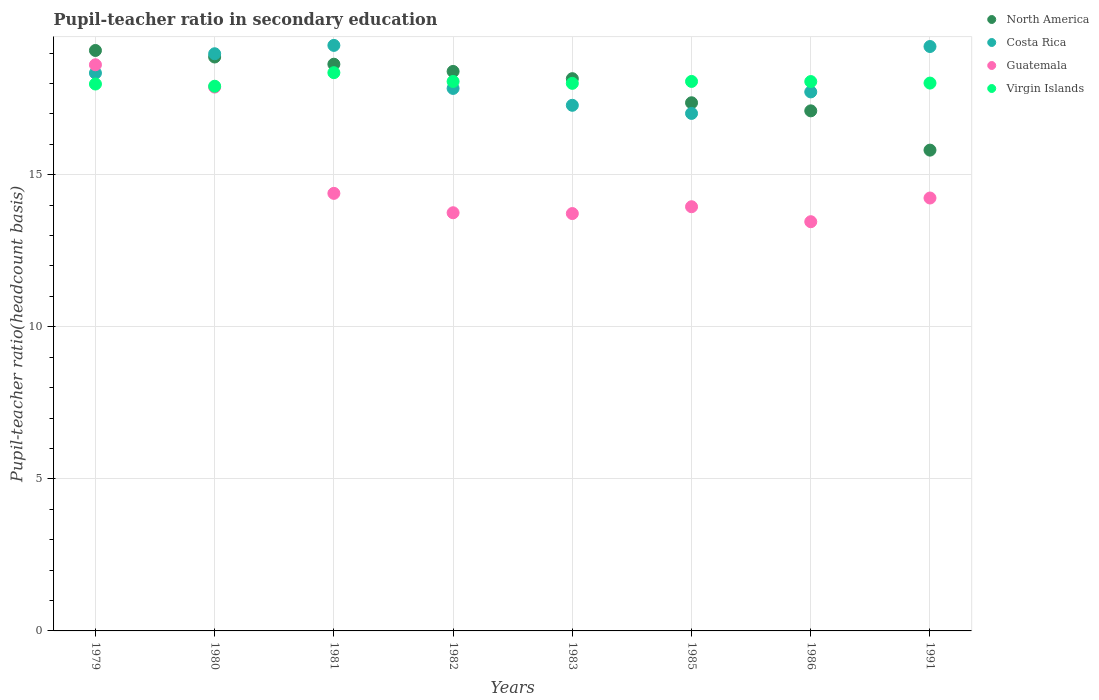
| Years | North America | Costa Rica | Guatemala | Virgin Islands |
 | --- | --- | --- | --- | --- |
 | 1979 | 19.1 | 18.3 | 18.6 | 18 |
 | 1980 | 18.9 | 19 | 17.9 | 17.9 |
 | 1981 | 18.6 | 19.3 | 14.4 | 18.4 |
 | 1982 | 18.4 | 17.8 | 13.8 | 18.1 |
 | 1983 | 18.2 | 17.3 | 13.7 | 18 |
 | 1985 | 17.4 | 17 | 13.9 | 18.1 |
 | 1986 | 17.1 | 17.7 | 13.5 | 18.1 |
 | 1991 | 15.8 | 19.2 | 14.2 | 18 |